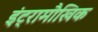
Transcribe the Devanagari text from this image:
इंट्रामौखिक